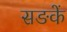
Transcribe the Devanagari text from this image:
सङकें